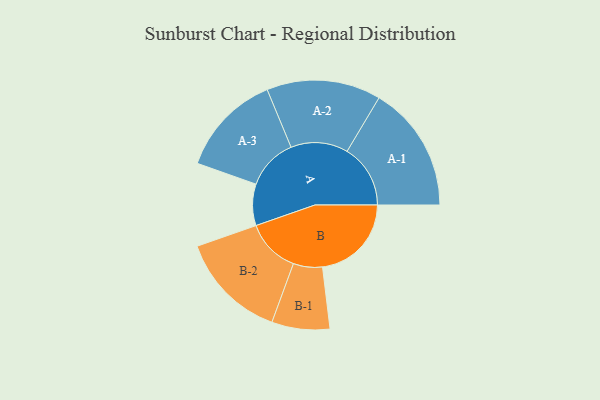
{"axis": {"x": "Segment", "y": "Value"}, "legend": ["", "A", "B"], "data": [{"x": "A", "y": 180, "type": ""}, {"x": "B", "y": 386, "type": ""}, {"x": "A-1", "y": 275, "type": "A"}, {"x": "A-2", "y": 248, "type": "A"}, {"x": "A-3", "y": 223, "type": "A"}, {"x": "B-1", "y": 126, "type": "B"}, {"x": "B-2", "y": 235, "type": "B"}]}